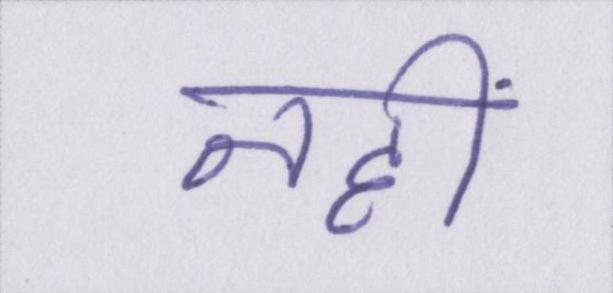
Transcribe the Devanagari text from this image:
नहीं।